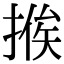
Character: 𢰇